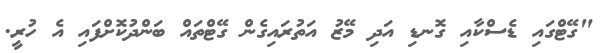
"ގޭޓްގައި ޑެސްކާއި ގޮނޑި އަދި މޭޒު އަތުރައިގެން ގޭޓްތައް ބަންދުކޮށްފައި އެ ހުރީ.